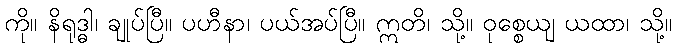
ကို။ နိရုဒ္ဓါ၊ ချုပ်ပြီ။ ပဟီနာ၊ ပယ်အပ်ပြီ။ ဣတိ၊ သို့။ ဝုစ္စေယျ ယထာ၊ သို့။